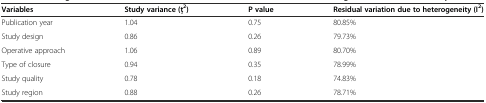
| Variables | Study variance (ţ2) | P value | Residual variation due to heterogeneity (I2) |
 | --- | --- | --- | --- |
 | Publication year | 1.04 | 0.75 | 80.85% |
 | Study design | 0.86 | 0.26 | 79.73% |
 | Operative approach | 1.06 | 0.89 | 80.70% |
 | Type of closure | 0.94 | 0.35 | 78.99% |
 | Study quality | 0.78 | 0.18 | 74.83% |
 | Study region | 0.88 | 0.26 | 78.71% |